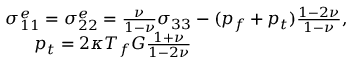
\begin{array} { r } { \sigma _ { 1 1 } ^ { e } = \sigma _ { 2 2 } ^ { e } = \frac { \nu } { 1 - \nu } \sigma _ { 3 3 } - ( p _ { f } + p _ { t } ) \frac { 1 - 2 \nu } { 1 - \nu } , } \\ { p _ { t } = 2 \kappa T _ { f } G \frac { 1 + \nu } { 1 - 2 \nu } \qquad \qquad \qquad \qquad \quad } \end{array}